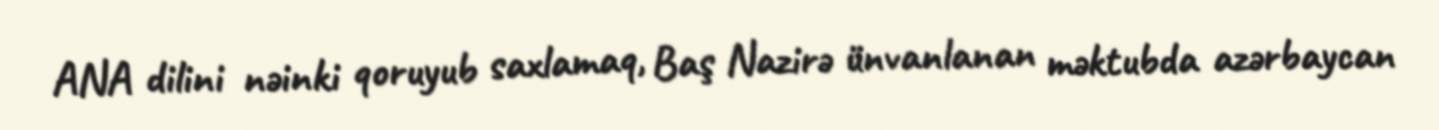
ANA dilini nəinki qoruyub saxlamaq, Baş Nazirə ünvanlanan məktubda azərbaycan